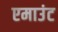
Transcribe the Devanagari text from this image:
एमाउंट